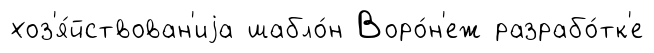
хоз'я́йствован'иjа шабло́н Воро́н'еж разрабо́тк'е